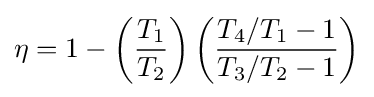
\eta =1-\left({\frac {T_{1}}{T_{2}}}\right)\left({\frac {T_{4}/T_{1}-1}{T_{3}/T_{2}-1}}\right)